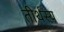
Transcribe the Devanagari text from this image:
तीर्थस्य